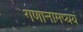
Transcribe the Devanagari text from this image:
गणानामप्ययं